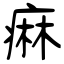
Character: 痳